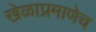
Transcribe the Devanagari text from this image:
खेळाप्रमाणेच